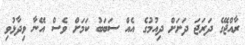
ރާއްޖޭގެ ދަރަޖަ ދަށަށް ދިއުމުގެ އެއް ސަބަބު ކަމަށް ވެސް އޭނާ ވިދާޅުވި